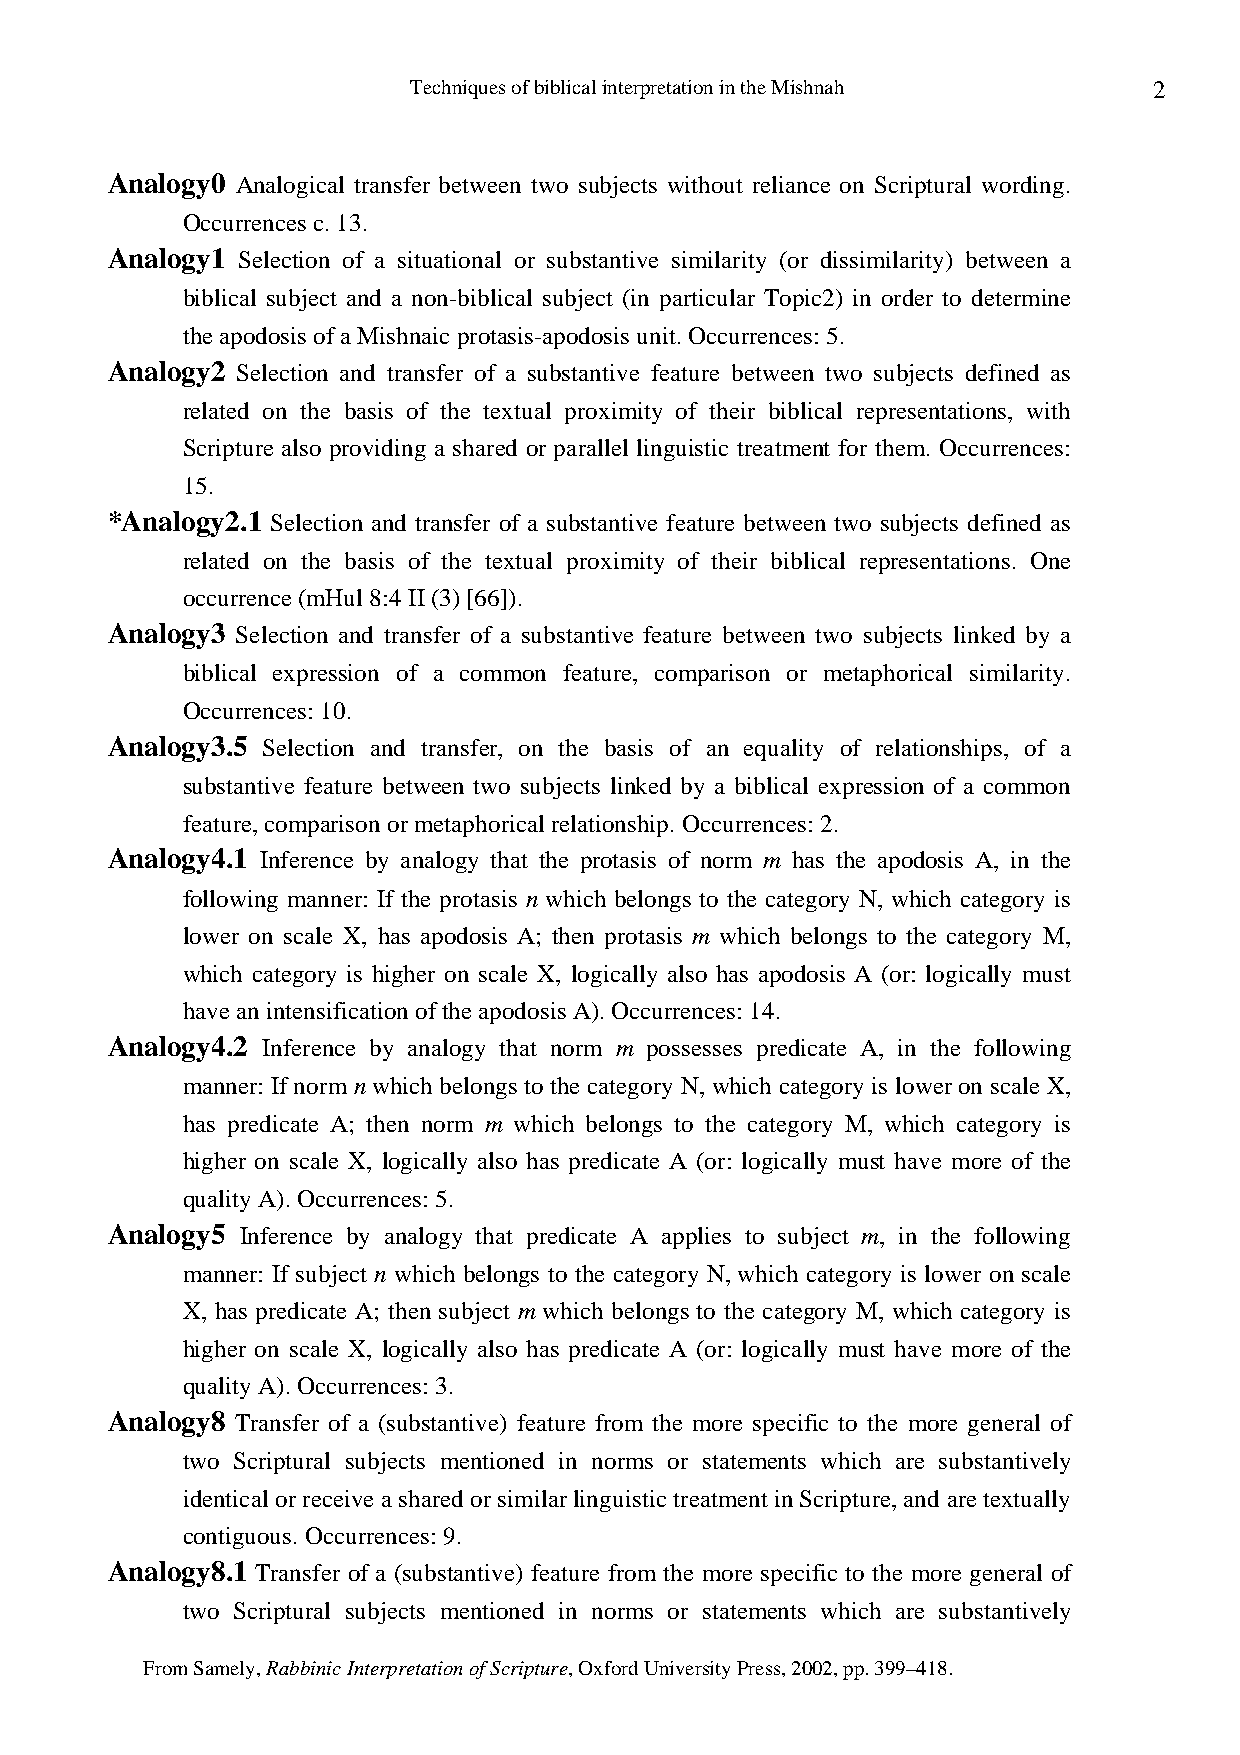
Techniques of biblical interpretation in the Mishnah 2
 Analogy0 Analogical transfer between two subjects without reliance on Scriptural wording.
 Occurrences c. 13.
 Analogy1 Selection of a situational or substantive similarity (or dissimilarity) between a
 biblical subject and a non-biblical subject (in particular Topic2) in order to determine
 the apodosis of a Mishnaic protasis-apodosis unit. Occurrences: 5.
 Analogy2 Selection and transfer of a substantive feature between two subjects defined as
 related on the basis of the textual proximity of their biblical representations, with
 Scripture also providing a shared or parallel linguistic treatment for them. Occurrences:
 15.
 *Analogy2.1 Selection and transfer of a substantive feature between two subjects defined as
 related on the basis of the textual proximity of their biblical representations. One
 occurrence (mHul 8:4 II (3) [66]).
 Analogy3 Selection and transfer of a substantive feature between two subjects linked by a
 biblical expression of a common feature, comparison or metaphorical similarity.
 Occurrences: 10.
 Analogy3.5 Selection and transfer, on the basis of an equality of relationships, of a
 substantive feature between two subjects linked by a biblical expression of a common
 feature, comparison or metaphorical relationship. Occurrences: 2.
 Analogy4.1 Inference by analogy that the protasis of norm m has the apodosis A, in the
 following manner: If the protasis n which belongs to the category N, which category is
 lower on scale X, has apodosis A; then protasis m which belongs to the category M,
 which category is higher on scale X, logically also has apodosis A (or: logically must
 have an intensification of the apodosis A). Occurrences: 14.
 Analogy4.2 Inference by analogy that norm m possesses predicate A, in the following
 manner: If norm n which belongs to the category N, which category is lower on scale X,
 has predicate A; then norm m which belongs to the category M, which category is
 higher on scale X, logically also has predicate A (or: logically must have more of the
 quality A). Occurrences: 5.
 Analogy5 Inference by analogy that predicate A applies to subject m, in the following
 manner: If subject n which belongs to the category N, which category is lower on scale
 X, has predicate A; then subject m which belongs to the category M, which category is
 higher on scale X, logically also has predicate A (or: logically must have more of the
 quality A). Occurrences: 3.
 Analogy8 Transfer of a (substantive) feature from the more specific to the more general of
 two Scriptural subjects mentioned in norms or statements which are substantively
 identical or receive a shared or similar linguistic treatment in Scripture, and are textually
 contiguous. Occurrences: 9.
 Analogy8.1 Transfer of a (substantive) feature from the more specific to the more general of
 two Scriptural subjects mentioned in norms or statements which are substantively
 From Samely, Rabbinic Interpretation of Scripture, Oxford University Press, 2002, pp. 399–418.